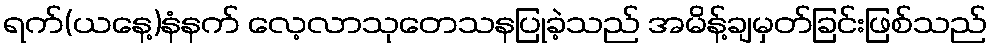
ရက်(ယနေ့)နံနက် လေ့လာသုတေသနပြုခဲ့သည် အမိန့်ချမှတ်ခြင်းဖြစ်သည်